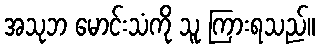
အသုဘ မောင်းသံကို သူ ကြားရသည်။